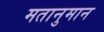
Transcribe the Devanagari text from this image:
मतानुमान